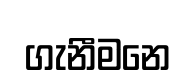
ගැනීමනෙ